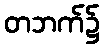
တဘက်၌